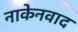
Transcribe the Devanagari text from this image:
नाकेनवाद